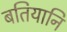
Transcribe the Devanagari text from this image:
बतियानि